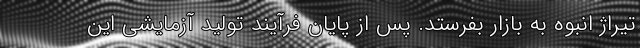
تیراژ انبوه به بازار بفرستد. پس از پایان فرآیند تولید آزمایشی این